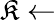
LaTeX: \mathfrak{K}\leftarrow